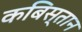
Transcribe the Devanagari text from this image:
कबिस्तान